Lunatic asylums Madras 1892-1911 - 1892-1911
Year: 1892
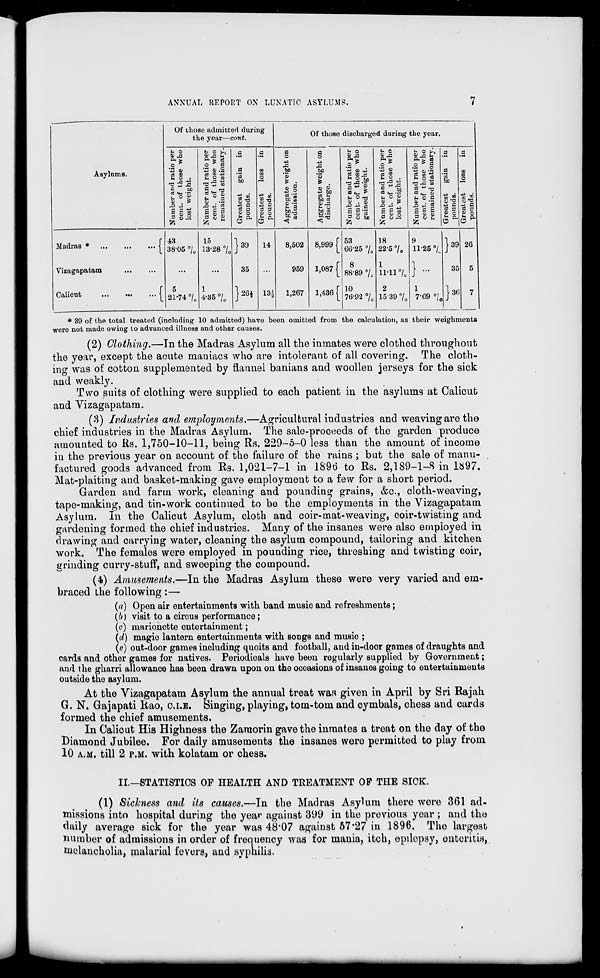
ANNUAL REPORT OX LUNATIC ASYLUMS.
Asylums.
Of those admitted during
the year—cont.
Of those discharged during the year.
Number and ratio per
cent, of those who
lost weight.
Number and ratio per
cent, of those who
remained stationary.
Greatest gain in
pounds.
Greatest
loss
in
pounds.
a
o
i§
t bp
'5
* .
bc'S a -a
SI
Aggregate weight on
discharge.
Number and ratio per
cent, of those who
gained weight.
Number and ratio per
cent, of those who
lost weight.
Number and ratio per
cent, of those who
remained stationary.
Greatest gain in
pounds.
Greatest loss
in
pounds.
Madras *
j
Vizagapatana
...
Calicut
...
•••
... j
43
38-05 °/ 0
5
21-74 0 /„
15
13-28 7 Q
1
4-35 •/,
JS9
35
J26*
14
is*
8,502
959
1,267
8,999 [
1,087 f
1,436 [
53
66-25 7 0
8
88-89 7 0
10
76-92 7 0
18
22-5 7o
1
ii-ii 7c
2
15 39 7 0
9
11-25 °i
}-
1
7-69 7 e
J39
35
}36
26
5
7
* 39 of the total treated (including 10 admitted) have been omitted from the calculation, as theix- weighments
were not made owing to advanced illness and other causes.
(2) Clothing.—In the Madras Asylum all the inmates were clothed throughout
the year, except the acute maniacs who are intolerant of all covering. The cloth-
ing was of cotton supplemented by flannel banians and woollen jerseys for the sick
and weakly.
Two suits of clothing were supplied to each patient in the asylums at Calicut
and Yizagapatam.
(8) Industries and employments.—Agricultural industries and weaving are the
chief industries in the Madras Asylum. The sale-proceeds of the garden produce
amounted to Rs. 1,750-10-11, being Rs. 229-5-0 less than the amount of income
in the previous year on account of the failure of the rains ; but the sale of manu-
factured goods advanced from Es. 1,021-7-1 in 1896 to Rs. 2,189-1-8 in 1897.
Mat-plaiting and basket-making gave employment to a few for a short period.
Garden and farm work, cleaning and pounding grains, &c, cloth-weaving,
tape-making, and tin-work continued to be the employments in the Vizagapatam
Asylum. In the Calicut Asylum, cloth and coir-mat-weaving, coir-twisting and
gardening formed the chief industries. Many of the insanes were also employed in
drawing and carrying water, cleaning the asylum compound, tailoring and kitchen
work. The females were employed in pounding rice, threshing and twisting coir,
grinding curry-stuff, and sweeping the compound.
(4) Amusements.—In the Madras Asylum these were very varied and em-
braced the following:—
(a) Open air entertainments with band musio and refreshments;
(b) visit to a circus performance;
(c) marionette entortainment;
(d) magic lantern entertainments with songs and music ;
(e) out-door games including quoits and football, and iu-door games of draughts and
cards and othor games for natives. Periodicals have been regularly supplied by Government;
and the gharri allowance has been drawn upon on the ocoasions of insanes going to entertainments
outside the asylum.
At the Vizagapatam Asylum the annual treat was given in April by Sri Rajah
G. N. Gajapati Rao, C.I.B. Singing, playing, tom-tom and cymbals, chess and cards
formed the chief amusements.
In Calicut His Highness the Zamorin gave the inmates a treat on the day of the
Diamond Jubilee. For daily amusements the insanes were permitted to play from
10 A.M. till 2 P.M. with kolatam or chess.
II.—STATISTICS OF HEALTH AND TREATMENT OP THE SICK.
(1) Sickness and its causes.—In the Madras Asylum there were 361 ad-
missions into hospital during the year against 399 in the previous year ; and the
daily average sick for the year was 48'07 against 57*27 in 1896. The largest
number of admissions in order of frequency was for mania, itch, epilepsy, enteritis,
melancholia, malarial fevers, and syphilis.